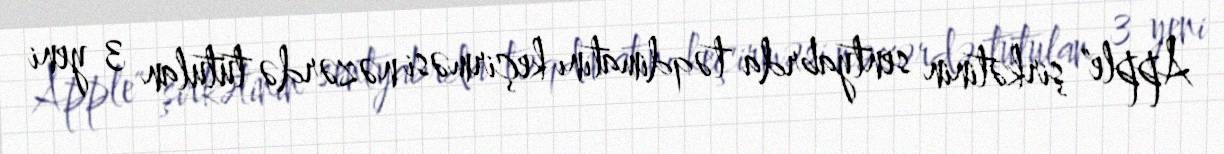
Apple" şirkətinin sentyabrda təqdimatını keçirməsi nəzərdə tutulan 3 yeni